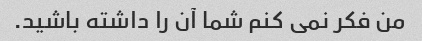
من فکر نمی کنم شما آن را داشته باشید.